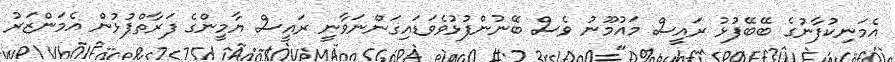
އެމަނިކުފާނުގެ ބޭބޭފުޅު ރައީސް މައުމޫނު ވެސް ބޭނުންފުޅުވެވަޑައިގަންނަވާނީ ރައީސް ޔާމީންގެ ފަރާތްޕުޅުން އެމަންޒަރު